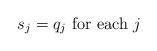
LaTeX: \begin{align*} \hbox{$s_j = q_j$ for each $j$ }\end{align*}